Annual administration report of the Civil Veterinary Department of India - 1895-1896
Year: 1895
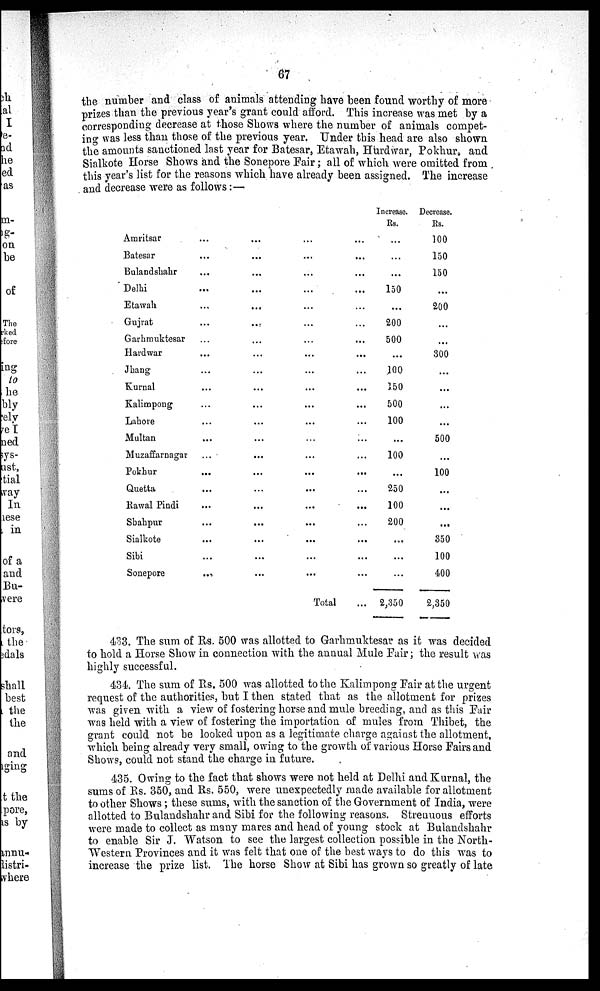
67
the number and class of animals attending have been found worthy of more
prizes than the previous year's grant could afford. This increase was met by a
corresponding decrease at those Shows where the number of animals compet-
ing was less than those of the previous year. Under this head are also shown
the amounts sanctioned last year for Batesar, Etawah, Hurdwar, Pokhur, and
Sialkote Horse Shows and the Sonepore Fair; all of which were omitted from
this year's list for the reasons which have already been assigned. The increase
and decrease were as follows:—
Amritsar
Batesar
Bulandshahr
Delhi
Etawah
Gujrat
Garhmuktesar
Hardwar
Jhang
Kurnal
Kalimpong
Lahore
Multan
Muzaffarnagar
Pokhur
Quetta
Rawal Pindi
Shahpur
Sialkote
Sibi
Sonepore
...
...
...
...
...
...
...
...
...
...
...
...
...
...
...
...
...
...
...
...
...
...
...
...
...
...
...
...
...
...
...
...
...
...
...
...
...
...
...
...
...
...
...
...
...
...
...
...
...
...
...
...
...
...
...
...
...
...
...
...
...
...
...
...
...
...
...
...
...
...
...
...
...
...
...
...
...
...
...
...
...
...
...
...
Total...
Increase.
Rs.
...
...
...
150
...
200
500
...
100
150
500
100
...
100
...
250
100
200
...
...
...
2,350
Decrease.
Rs.
100
150
150
...
200
...
...
300
...
...
...
...
500
...
100
...
...
...
350
100
400
2,350
433. The sum of Rs. 500 was allotted to Garhmuktesar as it was decided
to hold a Horse Show in connection with the annual Mule Fair; the result was
highly successful.
434. The sum of Rs. 500 was allotted to the Kalimpong Fair at the urgent
request of the authorities, but I then stated that as the allotment for prizes
was given with a view of fostering horse and mule breeding, and as this Fair
was held with a view of fostering the importation of mules from Thibet, the
grant could not be looked upon as a legitimate charge against the allotment,
which being already very small, owing to the growth of various Horse Fairs and
Shows, could not stand the charge in future.
435. Owing to the fact that shows were not held at Delhi and Kurnal, the
sums of Rs. 350, and Rs. 550, were unexpectedly made available for allotment
to other Shows; these sums, with the sanction of the Government of India, were
allotted to Bulandshahr and Sibi for the following reasons. Strenuous efforts
were made to collect as many mares and head of young stock at Bulandshahr
to enable Sir J. Watson to see the largest collection possible in the North-
Western Provinces and it was felt that one of the best ways to do this was to
increase the prize list. The horse Show at Sibi has grown so greatly of late